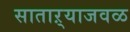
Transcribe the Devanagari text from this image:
साताऱ्याजवळ